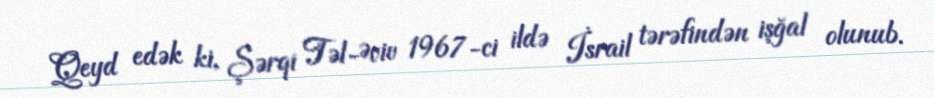
Qeyd edək ki, Şərqi Təl-Əviv 1967-ci ildə İsrail tərəfindən işğal olunub.